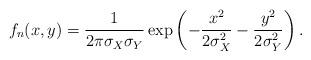
LaTeX: \begin{align*} f_n(x,y) = \frac{1}{2\pi\sigma_X\sigma_Y} \exp\left(-\frac{x^2}{2\sigma_X^2} -\frac{y^2}{2\sigma_Y^2} \right).\end{align*}